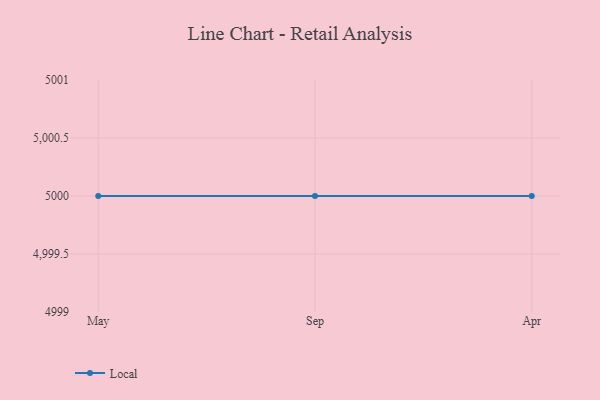
{"axis": {"x": "Month", "y": "Revenue (USD Million)"}, "legend": ["Local"], "data": [{"x": "May", "y": 5000, "type": "Local"}, {"x": "Sep", "y": 5000, "type": "Local"}, {"x": "Apr", "y": 5000, "type": "Local"}]}